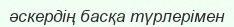
әскердің басқа түрлерімен